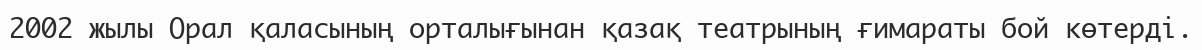
2002 жылы Орал қаласының орталығынан қазақ театрының ғимараты бой көтерді.